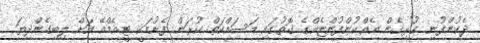
ދެކުންފުނި ގުޅިގެން އެއްކުންފުންޏެއްގެ ގޮތުގައި މަސައްކަތް ކުރަން ފެށުމަކީ ޓީއެމްއޭ އަށް ލިބިގެންދިޔަ